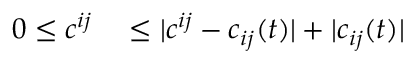
\begin{array} { r l } { 0 \leq c ^ { i j } } & { { } \leq | c ^ { i j } - c _ { i j } ( t ) | + | c _ { i j } ( t ) | } \end{array}